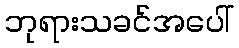
ဘုရားသခင်အပေါ်